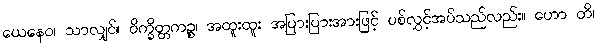
ယေနေဝ၊ သာလျှင်။ ဝိက္ခိတ္တကဉ္စ၊ အထူးထူး အပြားပြားအားဖြင့် ပစ်လွှင့်အပ်သည်လည်း။ ဟော တိ၊